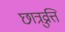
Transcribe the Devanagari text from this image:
छात्रव्रुत्ति